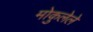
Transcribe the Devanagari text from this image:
मोकुलेले